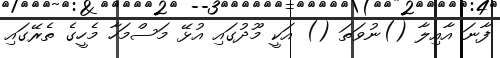
ފާނަ އާއިލާ ()ނުވަތަ () އަކީ މޫދުގައި އުޅޭ މަސްމަހާ މެހީގެ ތެރޭގައި